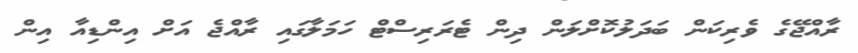
ރާއްޖޭގެ ވެރިކަން ބަދަލުކޮށްލަން ދިން ޓެރަރިސްޓް ހަމަލާގައި ރާއްޖެ އަށް އިންޑިއާ އިން